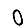
Digit: 0